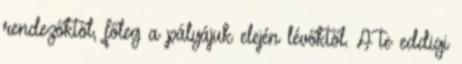
rendezőktől, főleg a pályájuk elején lévőktől. A te eddigi